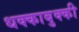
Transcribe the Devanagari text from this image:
धक्काबुक्की